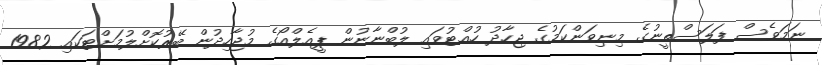
ނަމަވެސް ފަލަސްތީނުގެ މިނިވަންކަމުގެ ޖިހާދު ހުއްޓުވައި ލުބްނާނުން ޕީއެލްއޯގެ މުޖާހިދުން ބޭރުކޮށްލުމަށްޓަކައި 1982